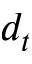
d _ { t }